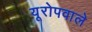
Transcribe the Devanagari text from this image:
यूरोपवाले